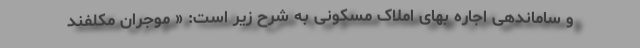
و ساماندهی اجاره‌ بهای املاک مسکونی به شرح زیر است: « موجران مکلفند